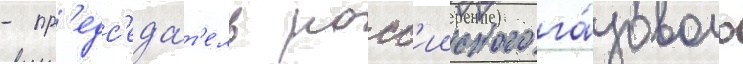
- пр'едс'еда́т'ель росс'ииского га́зового